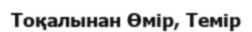
Тоқалынан Өмір, Темір